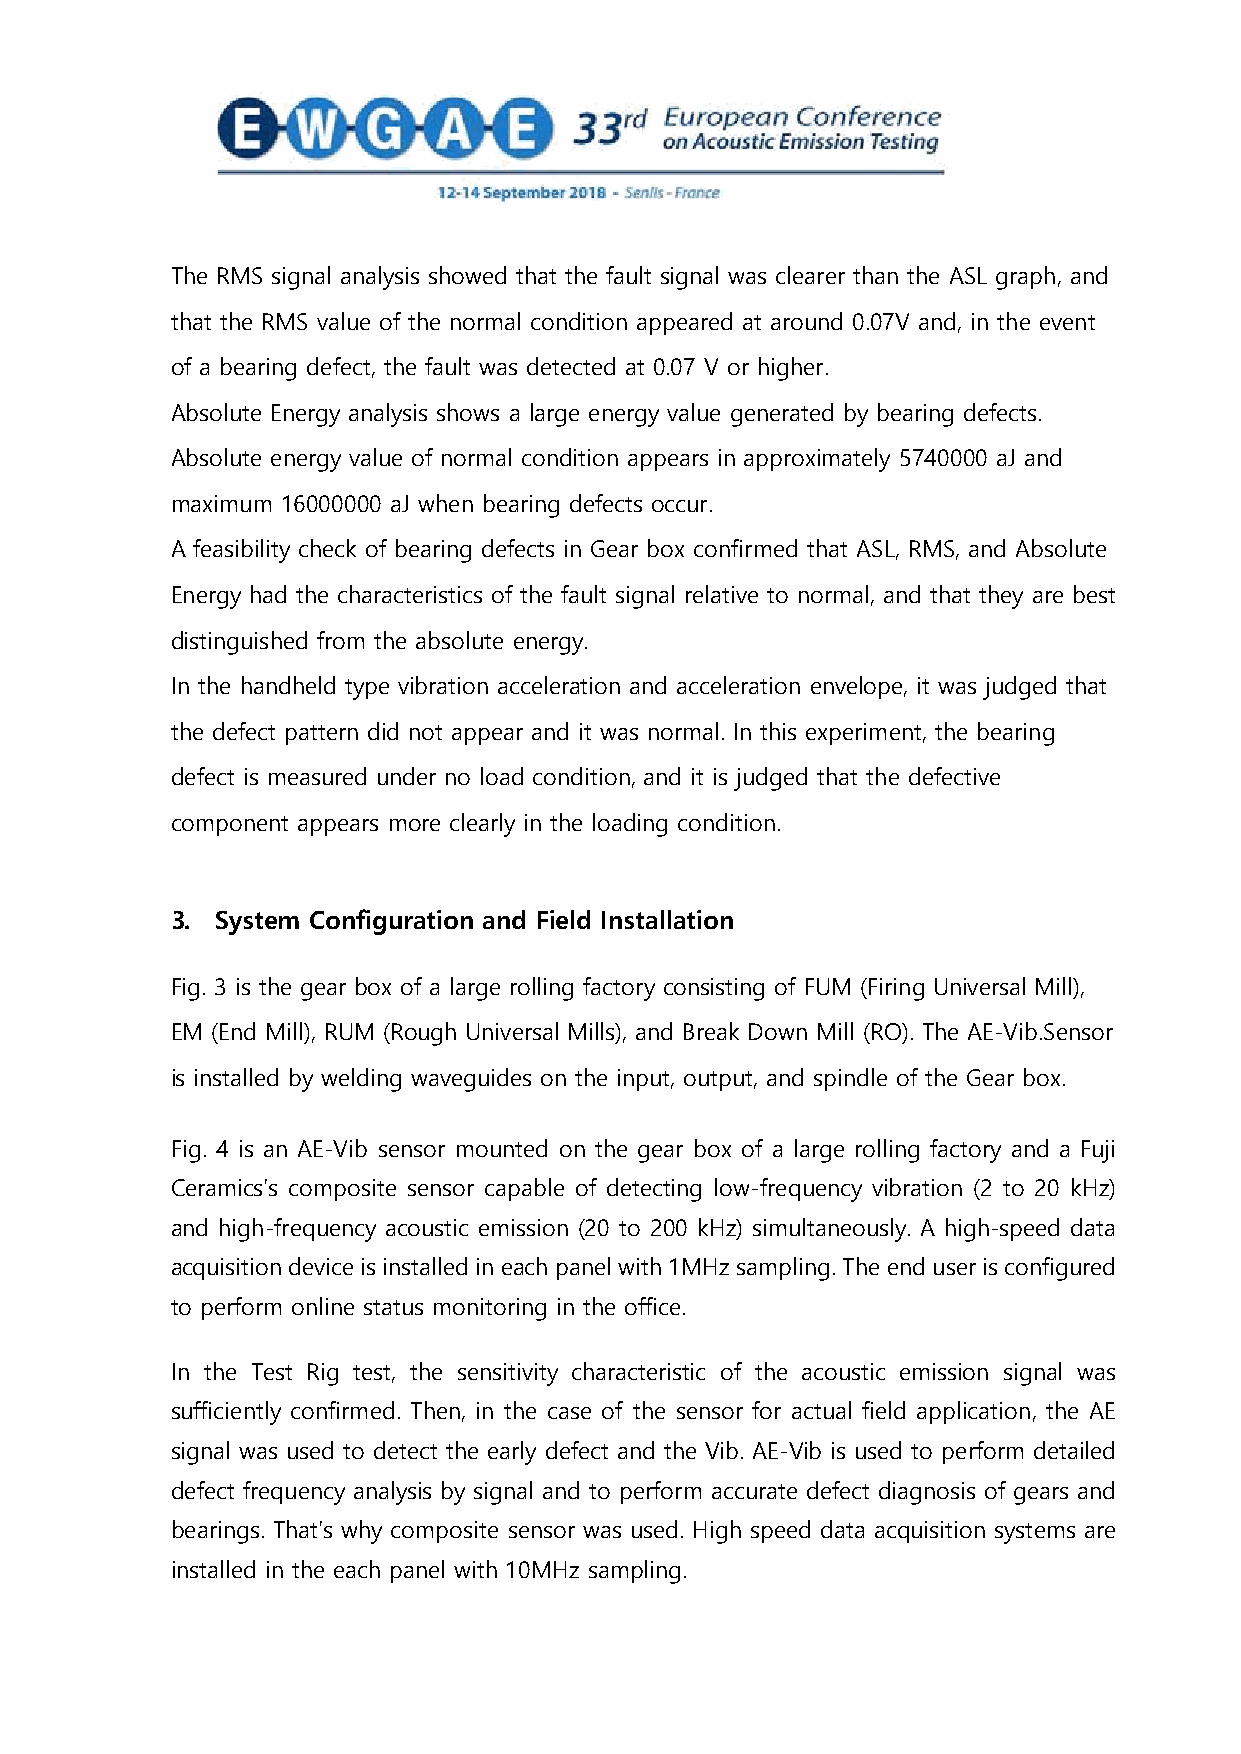
The RMS signal analysis showed that the fault signal was clearer than the ASL graph, and
 that the RMS value of the normal condition appeared at around 0.07V and, in the event
 of a bearing defect, the fault was detected at 0.07 V or higher.
 Absolute Energy analysis shows a large energy value generated by bearing defects.
 Absolute energy value of normal condition appears in approximately 5740000 aJ and
 maximum 16000000 aJ when bearing defects occur.
 A feasibility check of bearing defects in Gear box confirmed that ASL, RMS, and Absolute
 Energy had the characteristics of the fault signal relative to normal, and that they are best
 distinguished from the absolute energy.
 In the handheld type vibration acceleration and acceleration envelope, it was judged that
 the defect pattern did not appear and it was normal. In this experiment, the bearing
 defect is measured under no load condition, and it is judged that the defective
 component appears more clearly in the loading condition.
 3. System Configuration and Field Installation
 Fig. 3 is the gear box of a large rolling factory consisting of FUM (Firing Universal Mill),
 EM (End Mill), RUM (Rough Universal Mills), and Break Down Mill (RO). The AE-Vib.Sensor
 is installed by welding waveguides on the input, output, and spindle of the Gear box.
 Fig. 4 is an AE-Vib sensor mounted on the gear box of a large rolling factory and a Fuji
 Ceramics’s composite sensor capable of detecting low-frequency vibration (2 to 20 kHz)
 and high-frequency acoustic emission (20 to 200 kHz) simultaneously. A high-speed data
 acquisition device is installed in each panel with 1MHz sampling. The end user is configured
 to perform online status monitoring in the office.
 In the Test Rig test, the sensitivity characteristic of the acoustic emission signal was
 sufficiently confirmed. Then, in the case of the sensor for actual field application, the AE
 signal was used to detect the early defect and the Vib. AE-Vib is used to perform detailed
 defect frequency analysis by signal and to perform accurate defect diagnosis of gears and
 bearings. That’s why composite sensor was used. High speed data acquisition systems are
 installed in the each panel with 10MHz sampling.
 4